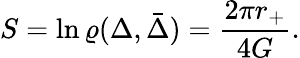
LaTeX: S=\ln\varrho(\Delta,\bar{\Delta})={\frac{2\pi r_{+}}{4G}}.